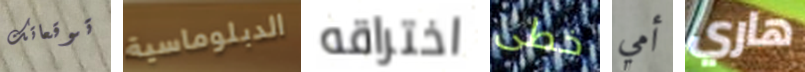
توقعاتك الدبلوماسية اختراقه خطى أمي هاري